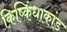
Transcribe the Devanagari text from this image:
किष्किंधाकांड